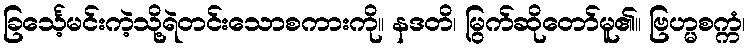
ခြင်္သေ့မင်းကဲ့သို့ရဲတင်းသောစကားကို။ နဒတိ၊ မြွက်ဆိုတော်မူ၏။ ဗြဟ္မစက္ကံ၊